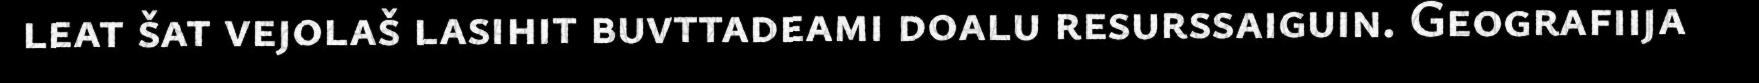
leat šat vejolaš lasihit buvttadeami doalu resurssaiguin. Geografiija